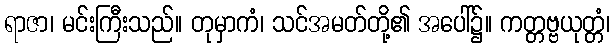
ရာဇာ၊ မင်းကြီးသည်။ တုမှာကံ၊ သင်အမတ်တို့၏ အပေါ်၌။ ကတ္တဗ္ဗယုတ္တံ၊